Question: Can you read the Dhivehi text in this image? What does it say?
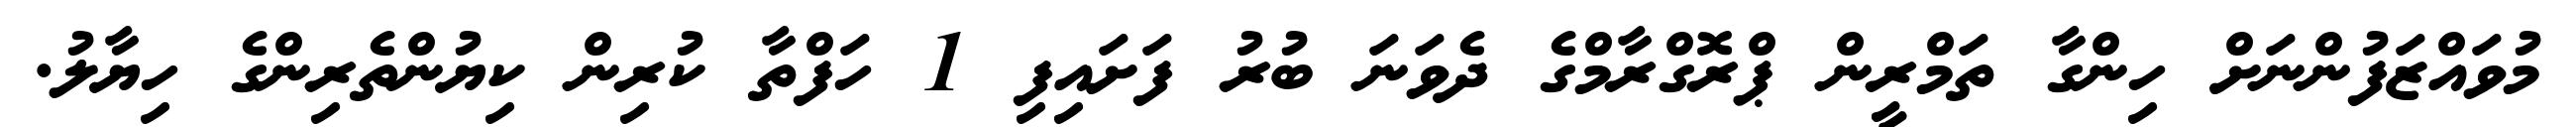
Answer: މުވައްޒަފުންނަށް ހިންގާ ތަމްރީން ޕްރޮގްރާމްގެ ދެވަނަ ބުރު ފަށައިފި 1 ހަފްތާ ކުރިން ކިޔުންތެރިންގެ ހިޔާލު.